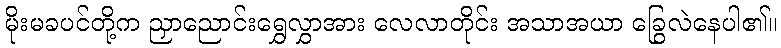
မိုးမခပင်တို့က ညှာညောင်းရွှေလွှာအား လေလာတိုင်း အသာအယာ ခြွေလဲနေပါ၏။